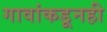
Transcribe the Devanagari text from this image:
गावांकडूनही